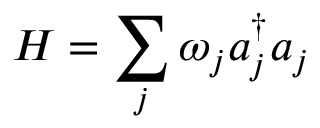
H = \sum _ { j } \omega _ { j } a _ { j } ^ { \dagger } a _ { j }